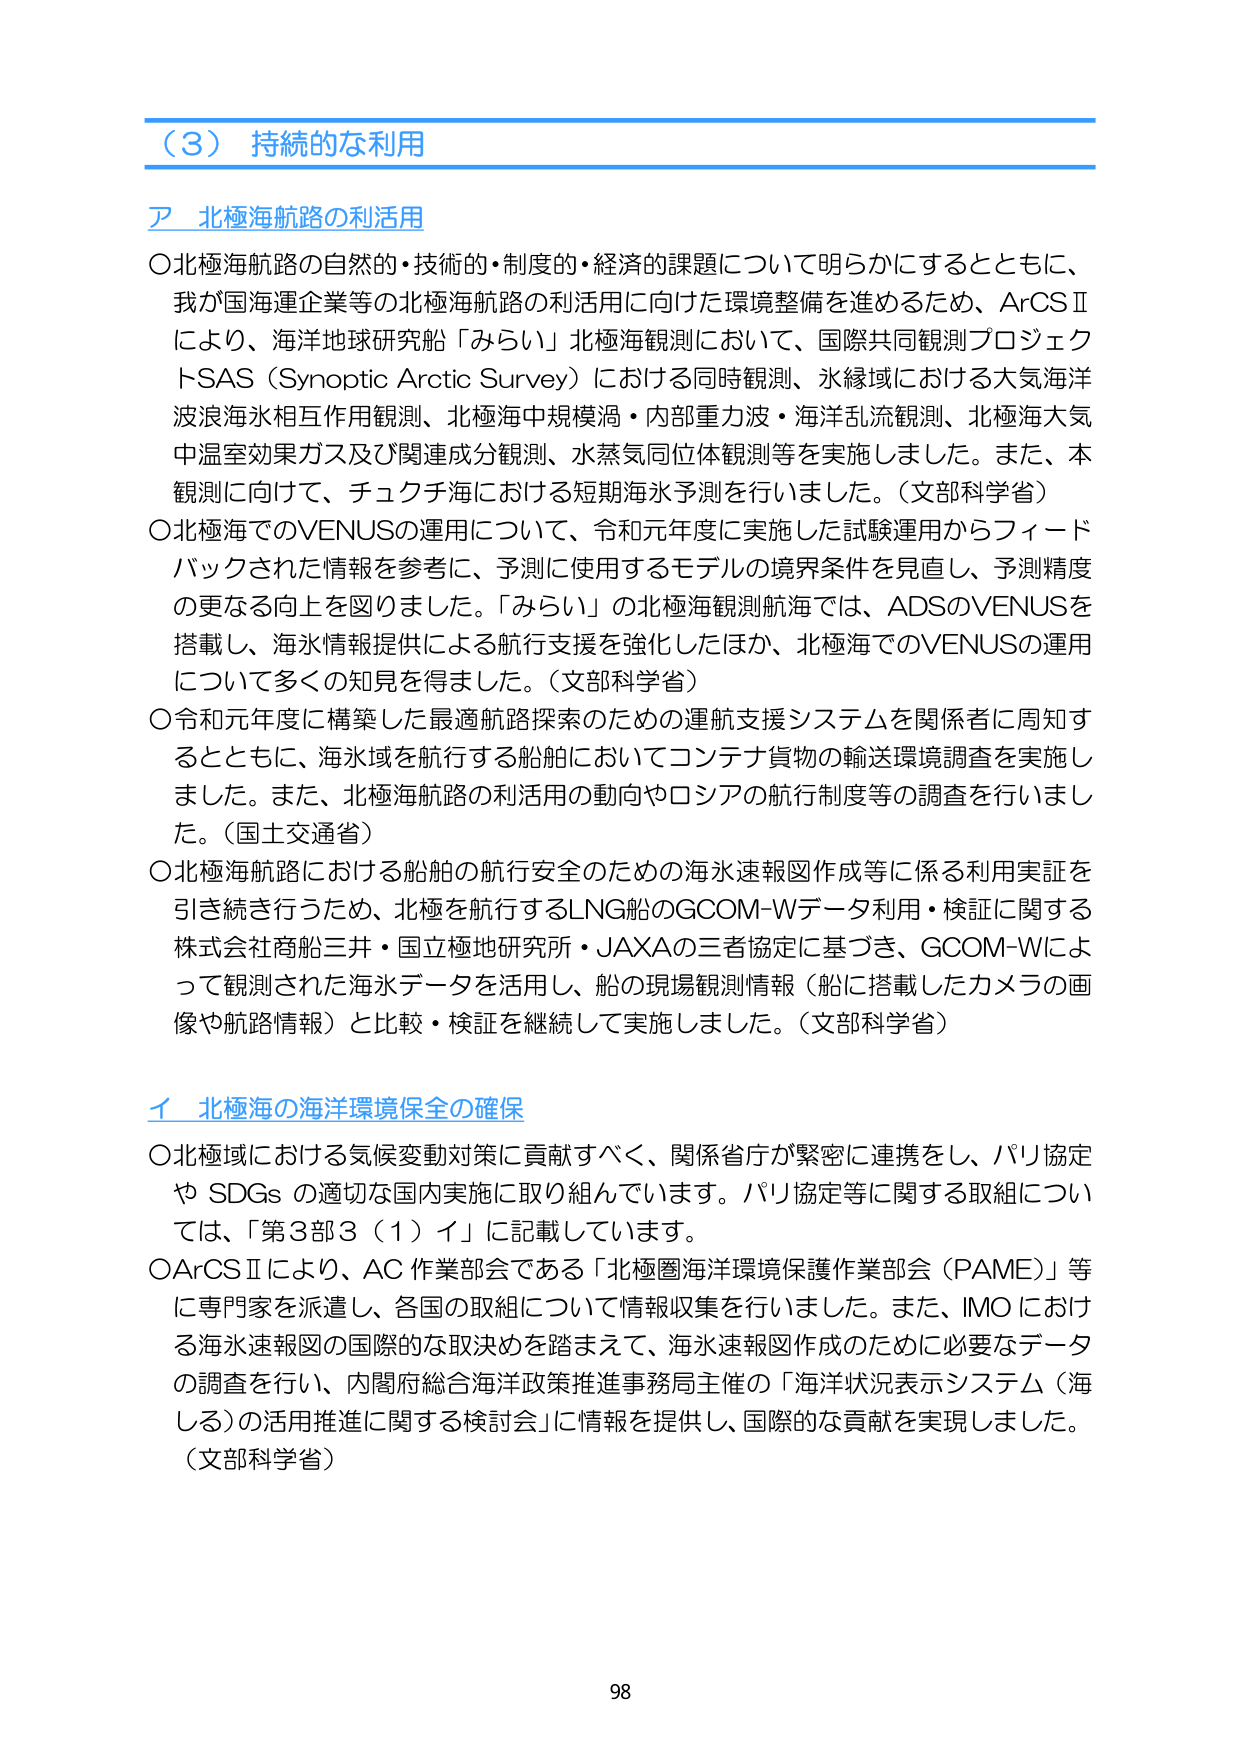
（３） 持続的な利用

ア 北極海航路の利活用

○北極海航路の自然的・技術的・制度的・経済的課題について明らかにするとともに、我が国海運企業等の北極海航路の利活用に向けた環境整備を進めるため、ArCSⅡにより、海洋地球研究船「みらい」北極海観測において、国際共同観測プロジェクトSAS（Synoptic Arctic Survey）における同時観測、水縁域における大気海洋波浪海水相互作用観測、北極海中規模渦・内部重力波・海洋乱流観測、北極海大気中温室効果ガス及び関連成分観測、水蒸気同位体観測等を実施しました。また、本観測に向けて、チュクチ海における短期海水予測を行いました。（文部科学省）

○北極海でのVENUSの運用について、令和元年度に実施した試験運用からフィードバックされた情報を参考に、予測に使用するモデルの境界条件を見直し、予測精度の更なる向上を図りました。「みらい」の北極海観測航海では、ADSのVENUSを搭載し、海氷情報提供による航行支援を強化したほか、北極海でのVENUSの運用について多くの知見を得ました。（文部科学省）

○令和元年度に構築した最適航路探索のための運航支援システムを関係者に周知するとともに、海水域を航行する船舶においてコンテナ貨物の輸送環境調査を実施しました。また、北極海航路の利活用の動向やロシアの航行制度等の調査を行いました。（国土交通省）

○北極海航路における船舶の航行安全のための海水速報図作成等に係る利用実証を引き続き行うため、北極を航行するLNG船のGCOM-Wデータ利用・検証に関する株式会社商船三井・国立極地研究所・JAXAの三者協定に基づき、GCOM-Wによって観測された海水データを活用し、船の現場観測情報（船に搭載したカメラの画像や航路情報）と比較・検証を継続して実施しました。（文部科学省）

イ 北極海の海洋環境保全の確保

○北極域における気候変動対策に貢献すべく、関係省庁が緊密に連携をし、パリ協定や SDGs の適切な国内実施に取り組んでいます。パリ協定等に関する取組については、「第3部3（1）イ」に記載しています。

○ArCSⅡにより、AC 作業部会である「北極圏海洋環境保護作業部会（PAME）」等に専門家を派遣し、各国の取組について情報収集を行いました。また、IMO における海水速報図の国際的な取決めを踏まえて、海水速報図作成のために必要なデータの調査を行い、内閣府総合海洋政策推進事務局主催の「海洋状況表示システム（海しる）の活用推進に関する検討会」に情報を提供し、国際的な貢献を実現しました。（文部科学省）

98